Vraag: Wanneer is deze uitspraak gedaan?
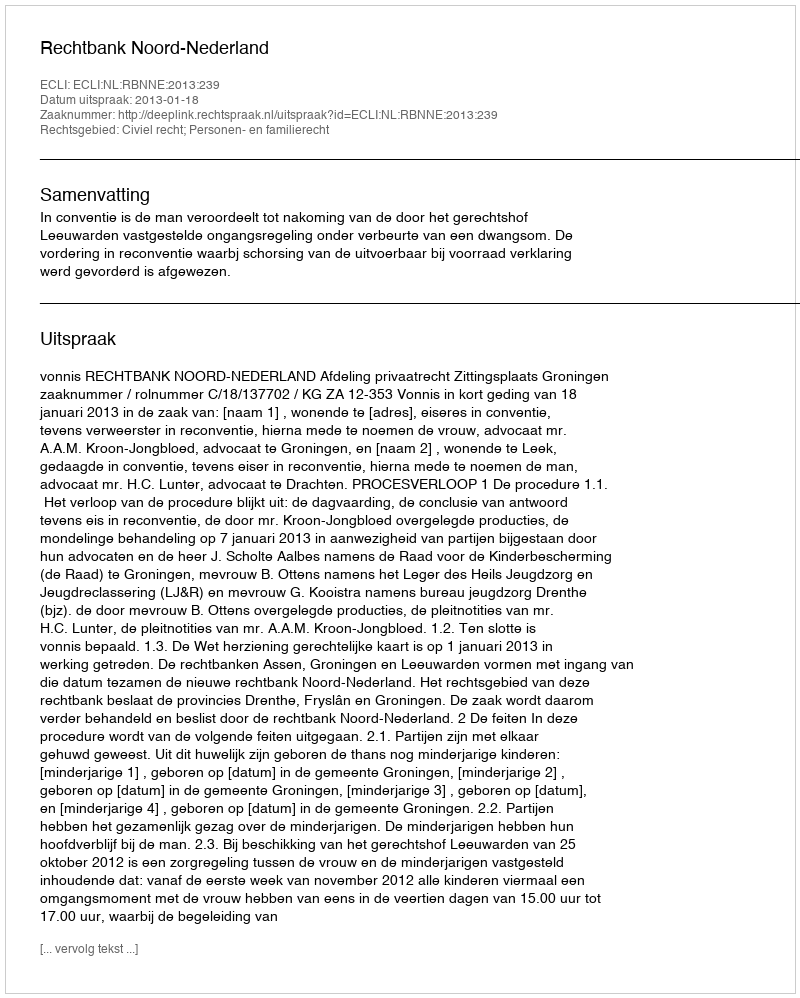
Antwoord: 2013-01-18